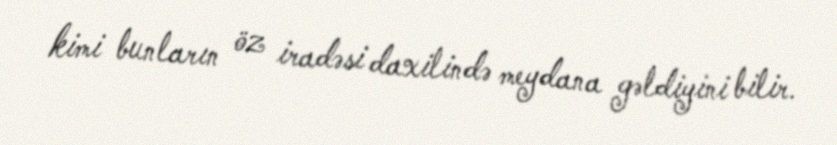
kimi bunların öz iradəsi daxilində meydana gəldiyini bilir.